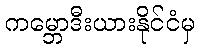
ကမ္ဘောဒီးယားနိုင်ငံမှ